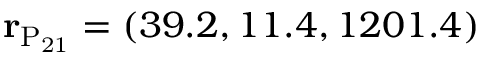
{ \bf r } _ { \mathrm { P _ { 2 1 } } } = ( 3 9 . 2 , 1 1 . 4 , 1 2 0 1 . 4 )